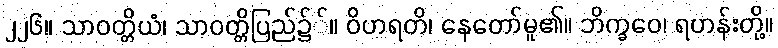
၂၂၆။ သာဝတ္တိယံ၊ သာဝတ္တိပြည်၌်။ ဝိဟရတိ၊ နေတော်မူ၏။ ဘိက္ခဝေ၊ ရဟန်းတို့။